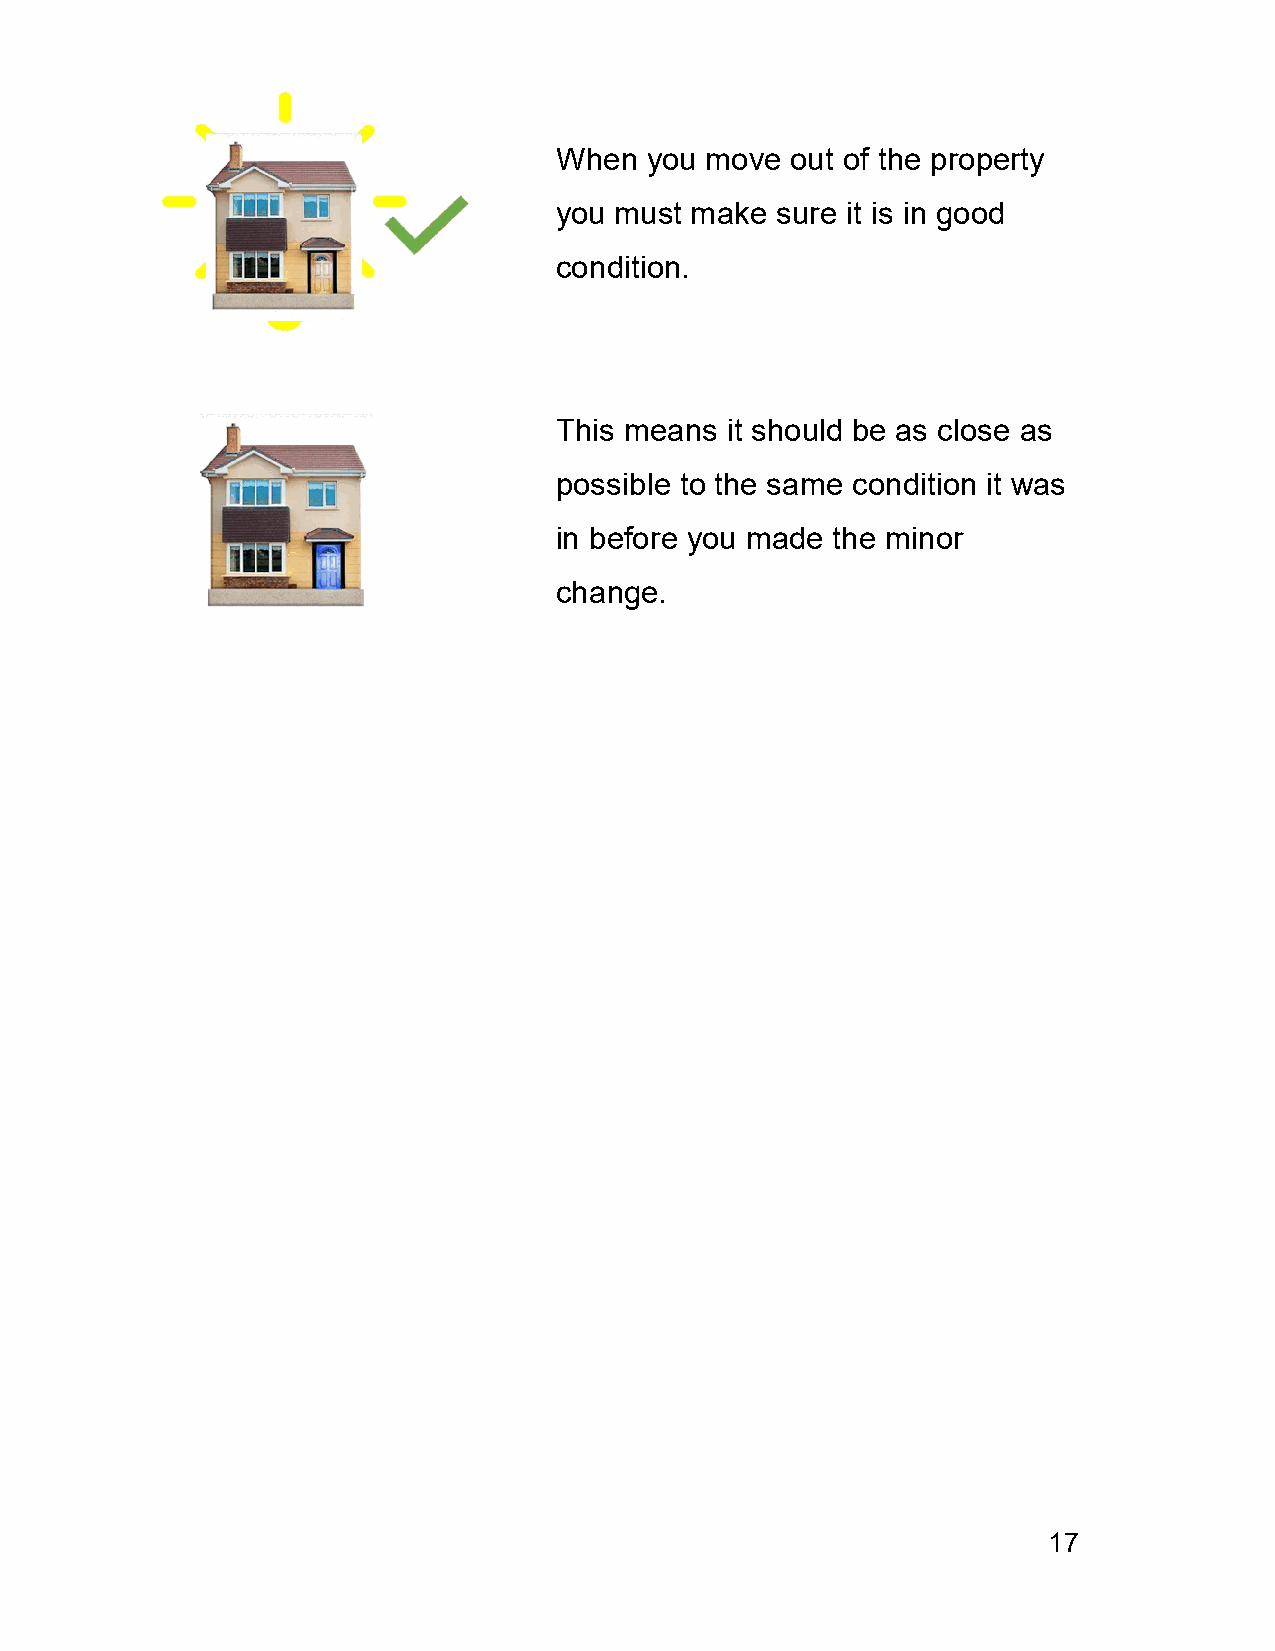
When  you move out of the property
 you must make sure it is in good
 condition.
 This means it should be as close as
 possible to the same condition it was
 in before you made the minor
 change.
 17